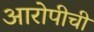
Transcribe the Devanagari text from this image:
आरोपीची